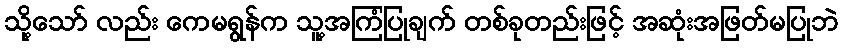
သို့သော် လည်း ကေမရွန်က သူ့အကြံပြုချက် တစ်ခုတည်းဖြင့် အဆုံးအဖြတ်မပြုဘဲ